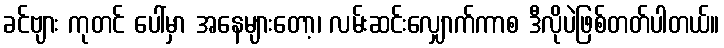
ခင်ဗျား ကုတင် ပေါ်မှာ အနေများတော့၊ လမ်းဆင်းလျှောက်ကာစ ဒီလိုပဲဖြစ်တတ်ပါတယ်။